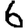
Digit: 6